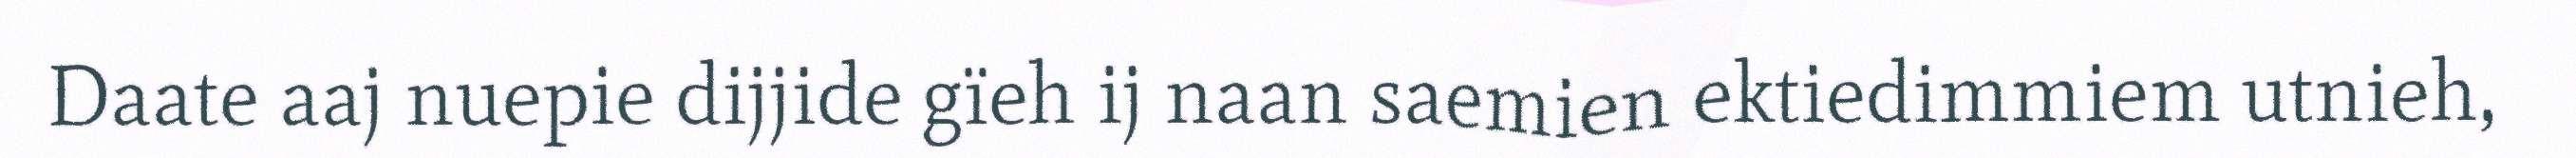
Daate aaj nuepie dijjide gïeh ij naan saemien ektiedimmiem utnieh,